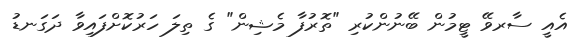
އެއީ ސާރވޭ ޓީމުން ބޭނުންކުރި "ތޮރުފާ މެޝިން" ގެ ތިލަ ހަރުކޮށްފައިވާ ދަގަނޑު